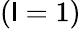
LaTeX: (\mathsf{l}=1)